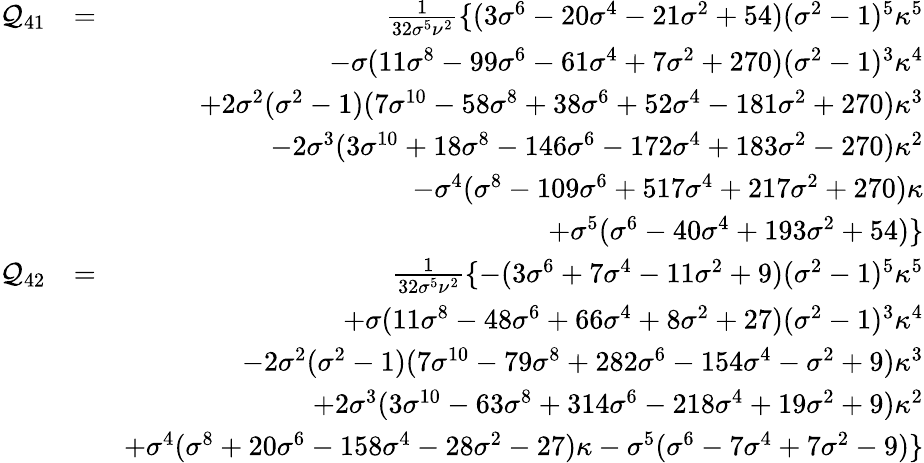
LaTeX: \begin{array}{rlr}{\mathcal{Q}_{41}}&{=}&{\frac{1}{32\sigma^{5}\nu^{2}}\{ (3\sigma^{6}-20\sigma^{4}-21\sigma^{2}+54)(\sigma^{2}-1)^{5}\kappa^{5}}\\ &{}&{-\sigma(11\sigma^{8}-99\sigma^{6}-61\sigma^{4}+7\sigma^{2}+270)(\sigma^{2}-1)^{3}\kappa^{4}}\\ &{}&{+2\sigma^{2}(\sigma^{2}-1)(7\sigma^{10}-58\sigma^{8}+38\sigma^{6}+52\sigma^{4}-181\sigma^{2}+270)\kappa^{3}}\\ &{}&{-2\sigma^{3}(3\sigma^{10}+18\sigma^{8}-146\sigma^{6}-172\sigma^{4}+183\sigma^{2}-270)\kappa^{2}}\\ &{}&{-\sigma^{4}(\sigma^{8}-109\sigma^{6}+517\sigma^{4}+217\sigma^{2}+270)\kappa}\\ &{}&{+\sigma^{5}(\sigma^{6}-40\sigma^{4}+193\sigma^{2}+54)\} }\\ {\mathcal{Q}_{42}}&{=}&{\frac{1}{32\sigma^{5}\nu^{2}}\{ -(3\sigma^{6}+7\sigma^{4}-11\sigma^{2}+9)(\sigma^{2}-1)^{5}\kappa^{5}}\\ &{}&{+\sigma(11\sigma^{8}-48\sigma^{6}+66\sigma^{4}+8\sigma^{2}+27)(\sigma^{2}-1)^{3}\kappa^{4}}\\ &{}&{-2\sigma^{2}(\sigma^{2}-1)(7\sigma^{10}-79\sigma^{8}+282\sigma^{6}-154\sigma^{4}-\sigma^{2}+9)\kappa^{3}}\\ &{}&{+2\sigma^{3}(3\sigma^{10}-63\sigma^{8}+314\sigma^{6}-218\sigma^{4}+19\sigma^{2}+9)\kappa^{2}}\\ &{}&{+\sigma^{4}(\sigma^{8}+20\sigma^{6}-158\sigma^{4}-28\sigma^{2}-27)\kappa-\sigma^{5}(\sigma^{6}-7\sigma^{4}+7\sigma^{2}-9)\} }\end{array}